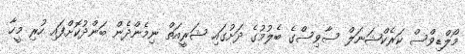
މޯލްޑިވްސް ކަރެކްޝަނަލް ސާވިސްގެ ބެލުމުގެ ދަށުގައި ޝަރީއަތް ނިމެންދެން ބަންދުކޮށްފައި ހުރި މީހާ